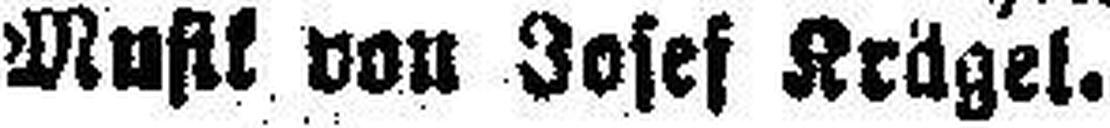
Muftk von Josef Krügel.